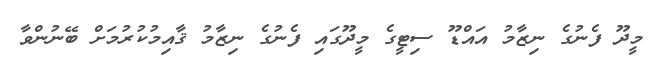
މީދޫ ފެނުގެ ނިޒާމު އައްޑޫ ސިޓީގެ މީދޫގައި ފެނުގެ ނިޒާމު ޤާއިމުކުރުމަށް ބޭނުންވާ